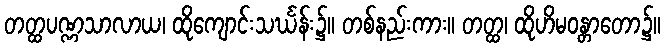
တတ္ထပဏ္ဏသာလာယ၊ ထိုကျောင်းသင်္ဃန်း၌။ တစ်နည်းကား။ တတ္ထ၊ ထိုဟိမဝန္တာတော၌။